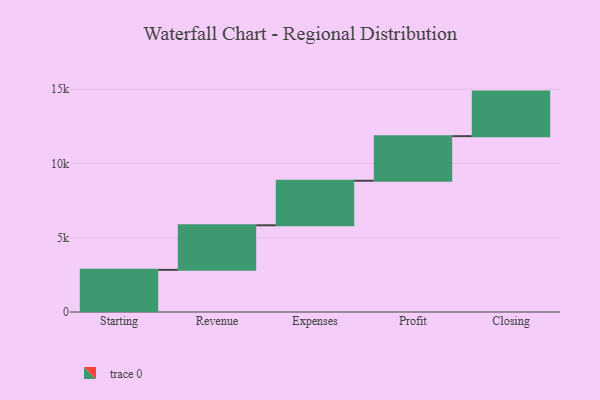
{"axis": {"x": "Step", "y": "Value"}, "legend": [""], "data": [{"x": "Starting", "y": 2836.0, "type": ""}, {"x": "Revenue", "y": 3000, "type": ""}, {"x": "Expenses", "y": 3000, "type": ""}, {"x": "Profit", "y": 3000, "type": ""}, {"x": "Closing", "y": 3000, "type": ""}]}